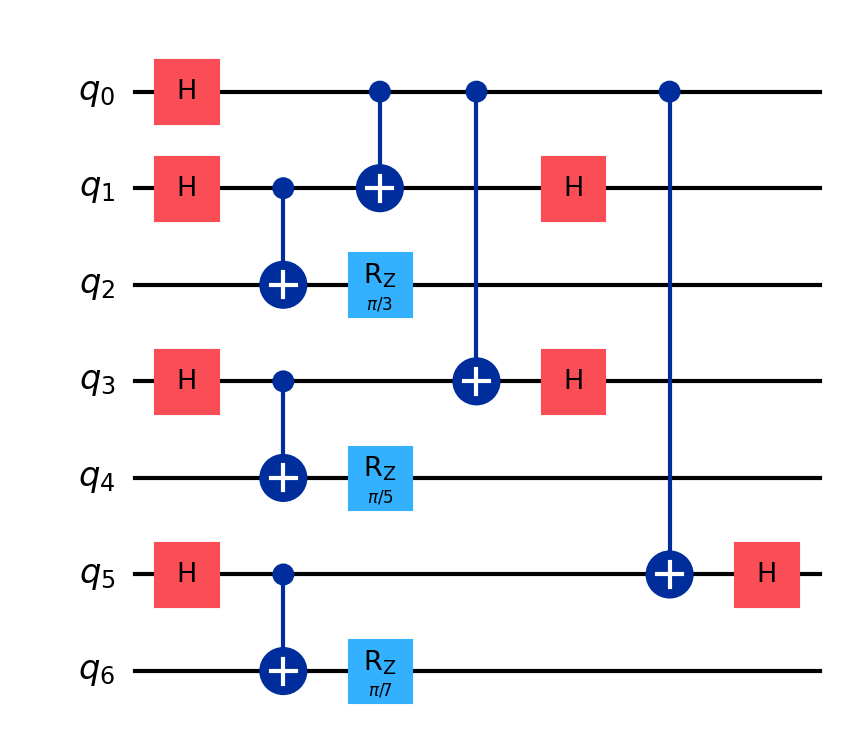
Description: Quantum digital signature scheme
描述: 量子数字签名方案
Category: blockchain (difficulty: advanced)
Qubits: 7, circuit depth: 6
Blockchain relevance: direct

Braket implementation:
import math
from braket.circuits import Circuit

circuit = Circuit()

# Layer 1: Hadamard gates
circuit.h(0).h(1).h(3).h(5)

# Layer 2: CNOT(1,2), CNOT(5,6)
circuit.cnot(1, 2).cnot(5, 6)

# Layer 3: Rz on q2, CNOT(0,1), CNOT(1,4)
circuit.rz(2, math.pi / 3).cnot(0, 1).cnot(1, 4)

# Layer 4: Rz on q4, CNOT(0,3), Rz on q6
circuit.rz(4, math.pi / 5).cnot(0, 3).rz(6, math.pi / 7)

# Layer 5: H on q1, H on q3
circuit.h(1).h(3)

# Layer 6: CNOT(0,5)
circuit.cnot(0, 5)

# Layer 7: H on q5
circuit.h(5)

print(circuit)